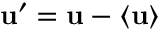
\mathbf { u } ^ { \prime } = \mathbf { u } - \left< { \mathbf { u } } \right>